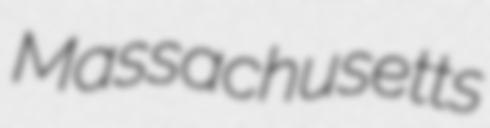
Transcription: Massachusetts